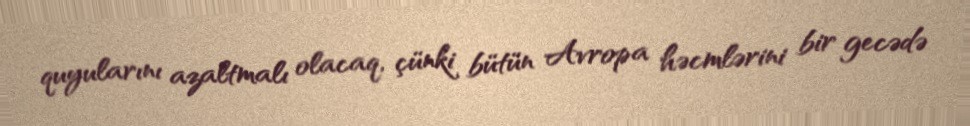
quyularını azaltmalı olacaq, çünki bütün Avropa həcmlərini bir gecədə